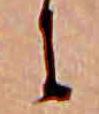
に